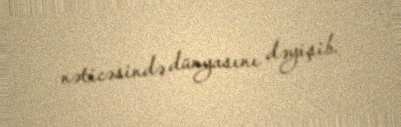
nəticəsində dünyasını dəyişib.